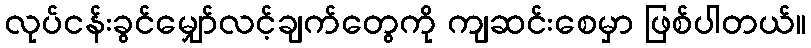
လုပ်ငန်းခွင်မျှော်လင့်ချက်တွေကို ကျဆင်းစေမှာ ဖြစ်ပါတယ်။